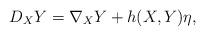
LaTeX: \begin{align*} D_XY = \nabla_XY + h(X,Y)\eta,\end{align*}